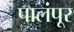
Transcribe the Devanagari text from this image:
पालंपूर